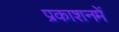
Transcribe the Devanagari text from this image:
प्रकाशनमें